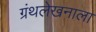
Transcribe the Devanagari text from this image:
ग्रंथलेखनाला